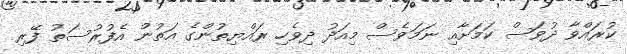
ކުރައްވާ ދުވަސް ކަމަށާއި ނަމަވެސް މިއަދު ދިވެހި ރައްޔިތުންގެ އަތުން އެފުރުސަތު ފޭރި